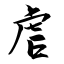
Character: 虐